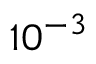
1 0 ^ { - 3 }